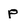
Character: p